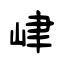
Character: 峍